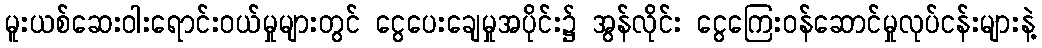
မူးယစ်ဆေးဝါးရောင်းဝယ်မှုများတွင် ငွေပေးချေမှုအပိုင်း၌ အွန်လိုင်း ငွေကြေးဝန်ဆောင်မှုလုပ်ငန်းများနဲ့